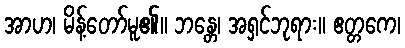
အာဟ၊ မိန့်တော်မူ၏။ ဘန္တေ၊ အရှင်ဘုရား။ ဧတ္တကေ၊